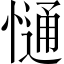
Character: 𢠆